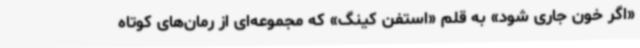
«اگر خون جاری شود» به قلم «استفن کینگ»‌ که مجموعه‌ای از رمان‌های کوتاه